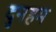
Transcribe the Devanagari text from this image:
दुनहम